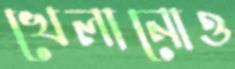
খেলানোও